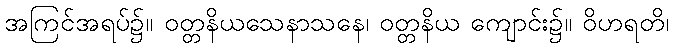
အကြင်အရပ်၌။ ဝတ္တနိယသေနာသနေ၊ ဝတ္တနိယ ကျောင်း၌။ ဝိဟရတိ၊